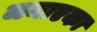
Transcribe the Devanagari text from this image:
जमाएका